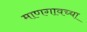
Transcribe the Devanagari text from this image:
माणगावच्या